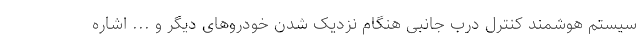
سیستم هوشمند کنترل درب جانبی هنگام نزدیک شدن خودروهای دیگر و ... اشاره